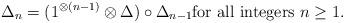
LaTeX: \begin{gather*}\Delta_n=(1^{\otimes (n-1)}\otimes \Delta)\circ \Delta_{n-1}\hbox{for all integers $n\geq 1$}.\end{gather*}